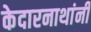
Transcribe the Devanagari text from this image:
केदारनाथांनी